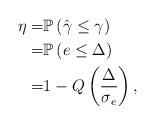
LaTeX: \begin{align*}\eta=&\mathbb{P}\left(\hat{\gamma} \leq \gamma\right) \\=& \mathbb{P}\left(e \leq \Delta\right) \\=& 1-Q\left(\frac{\Delta}{\sigma_e}\right),\end{align*}